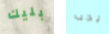
بليك يجب